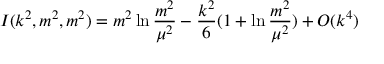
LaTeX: I ( k ^ { 2 } , m ^ { 2 } , m ^ { 2 } ) = m ^ { 2 } \ln { \frac { m ^ { 2 } } { \mu ^ { 2 } } } - { \frac { k ^ { 2 } } { 6 } } ( 1 + \ln { \frac { m ^ { 2 } } { \mu ^ { 2 } } } ) + { \cal O } ( k ^ { 4 } )